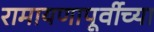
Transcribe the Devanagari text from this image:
रामायणापूर्वीच्या